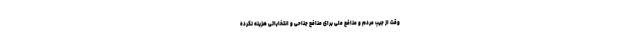
وقت از جیب مردم و منافع ملی برای منافع جناحی و انتخاباتی هزینه نکرده